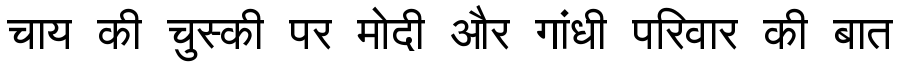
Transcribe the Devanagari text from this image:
चाय की चुस्की पर मोदी और गांधी परिवार की बात